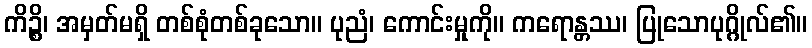
ကိဉ္စိ၊ အမှတ်မရှိ တစ်စုံတစ်ခုသော။ ပုညံ၊ ကောင်းမှုကို။ ကရောန္တဿ၊ ပြုသောပုဂ္ဂိုလ်၏။